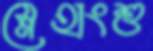
স্নেহাংশু